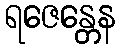
ရဇေန္တေန